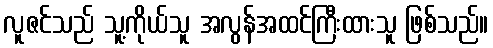
လူဇင်သည် သူ့ကိုယ်သူ အလွန်အထင်ကြီးထားသူ ဖြစ်သည်။